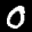
Label: 0